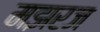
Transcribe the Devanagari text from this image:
मझरज